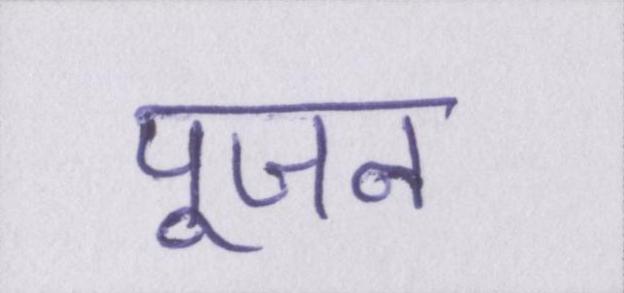
पूजन